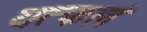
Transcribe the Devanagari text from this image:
यत्फलं